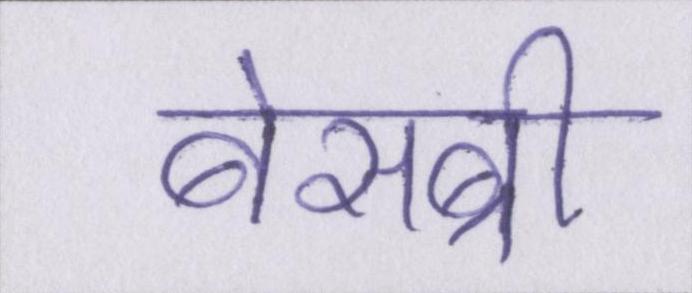
बेसब्री